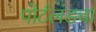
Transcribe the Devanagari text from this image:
पोर्टलंडचा